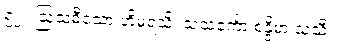
၅၂။ ဩသဓီသော ဟိမရံသိ၊ သသင်္ကော စန္ဒိမာ သသီ။